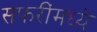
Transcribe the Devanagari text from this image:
सफरींमध्ये